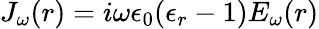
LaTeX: J_{\omega}(r)=i\omega\epsilon_{0}(\epsilon_{r}−1)E_{\omega}(r)